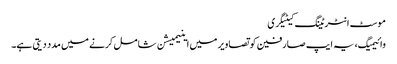
موسٹ انٹرٹینگ کیٹیگری
وائیمیگ، یہ ایپ صارفین کو تصاویر میں اینیمیشن شامل کرنے میں مدد دیتی ہے۔